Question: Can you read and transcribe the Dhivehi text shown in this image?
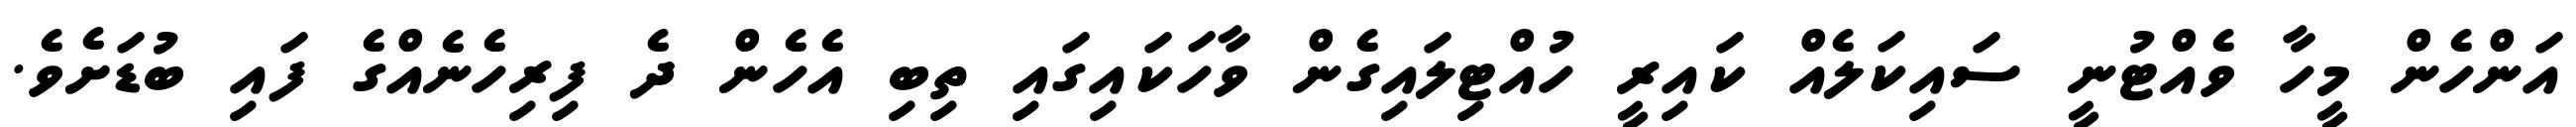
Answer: އަންހެން މީހާ ވެއްޓުނީ ސައިކަލެއް ކައިރީ ހުއްޓިލައިގެން ވާހަކައިގައި ތިބި އެހެން ދެ ފިރިހެނެއްގެ ފައި ބުޑަށެވެ.